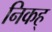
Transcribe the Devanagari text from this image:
निकह्